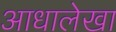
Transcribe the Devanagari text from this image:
आधालेखा